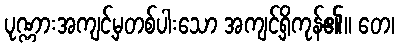
ပုဏ္ဏားအကျင့်မှတစ်ပါးသော အကျင့်ရှိကုန်၏။ တေ၊